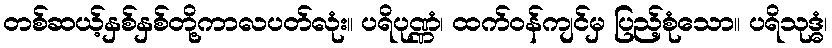
တစ်ဆယ့်နှစ်နှစ်တို့ကာလပတ်လုံး။ ပရိပုဏ္ဏံ၊ ထက်ဝန်ကျင်မှ ပြည့်စုံသော။ ပရိသုဒ္ဓံ၊